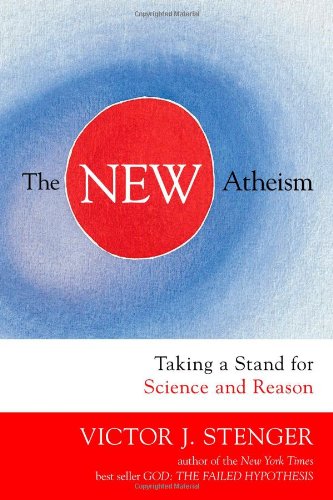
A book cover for The New Atheism: Taking a Stand for Science and Reason; Victor J. Stenger; Religion & Spirituality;